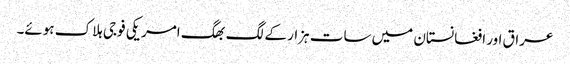
عراق اور افغانستان میں سات ہزار کے لگ بھگ امریکی فوجی ہلاک ہوئے۔